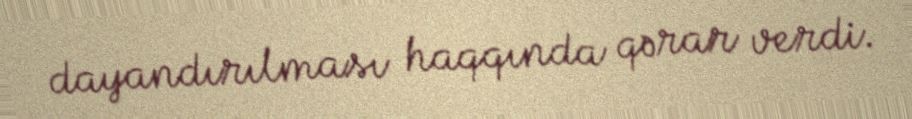
dayandırılması haqqında qərar verdi.